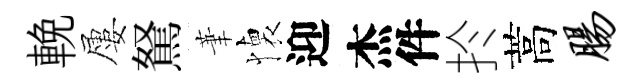
輓屢駑茟懐迎杰件扵蒿肠